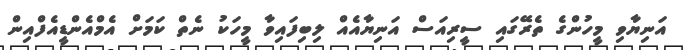
އަނިޔާވި މީހުންގެ ތެރޭގައި ސީރިއަސް އަނިޔާއެއް ލިބިފައިވާ މީހަކު ނެތް ކަމަށް އެމްއެންޑީއެފްއިން